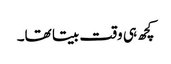
کچھ ہی وقت بیتا تھا۔